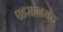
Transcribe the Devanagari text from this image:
एहसानमंद